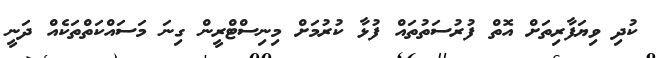
ކުދި ވިޔަފާރިތަށް އޮތް ފުރުސަތުތައް ފުޅާ ކުރުމަށް މިނިސްޓްރީން ގިނަ މަސައްކަތްތަކެއް ދަނީ